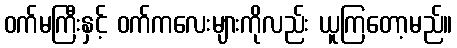
ဝက်မကြီးနှင့် ဝက်ကလေးများကိုလည်း ယူကြတော့မည်။